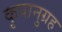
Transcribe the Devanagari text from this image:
कृपानुग्रह